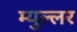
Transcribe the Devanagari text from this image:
म्युल्लर